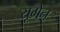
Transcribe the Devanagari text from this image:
यूगेन